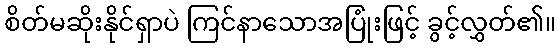
စိတ်မဆိုးနိုင်ရှာပဲ ကြင်နာသောအပြုံးဖြင့် ခွင့်လွှတ်၏။